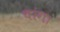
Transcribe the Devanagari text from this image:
चांग।